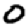
Digit: 0